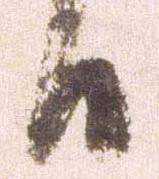
日